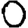
Digit: 0